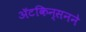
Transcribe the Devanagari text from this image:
ॲटकिन्सनने